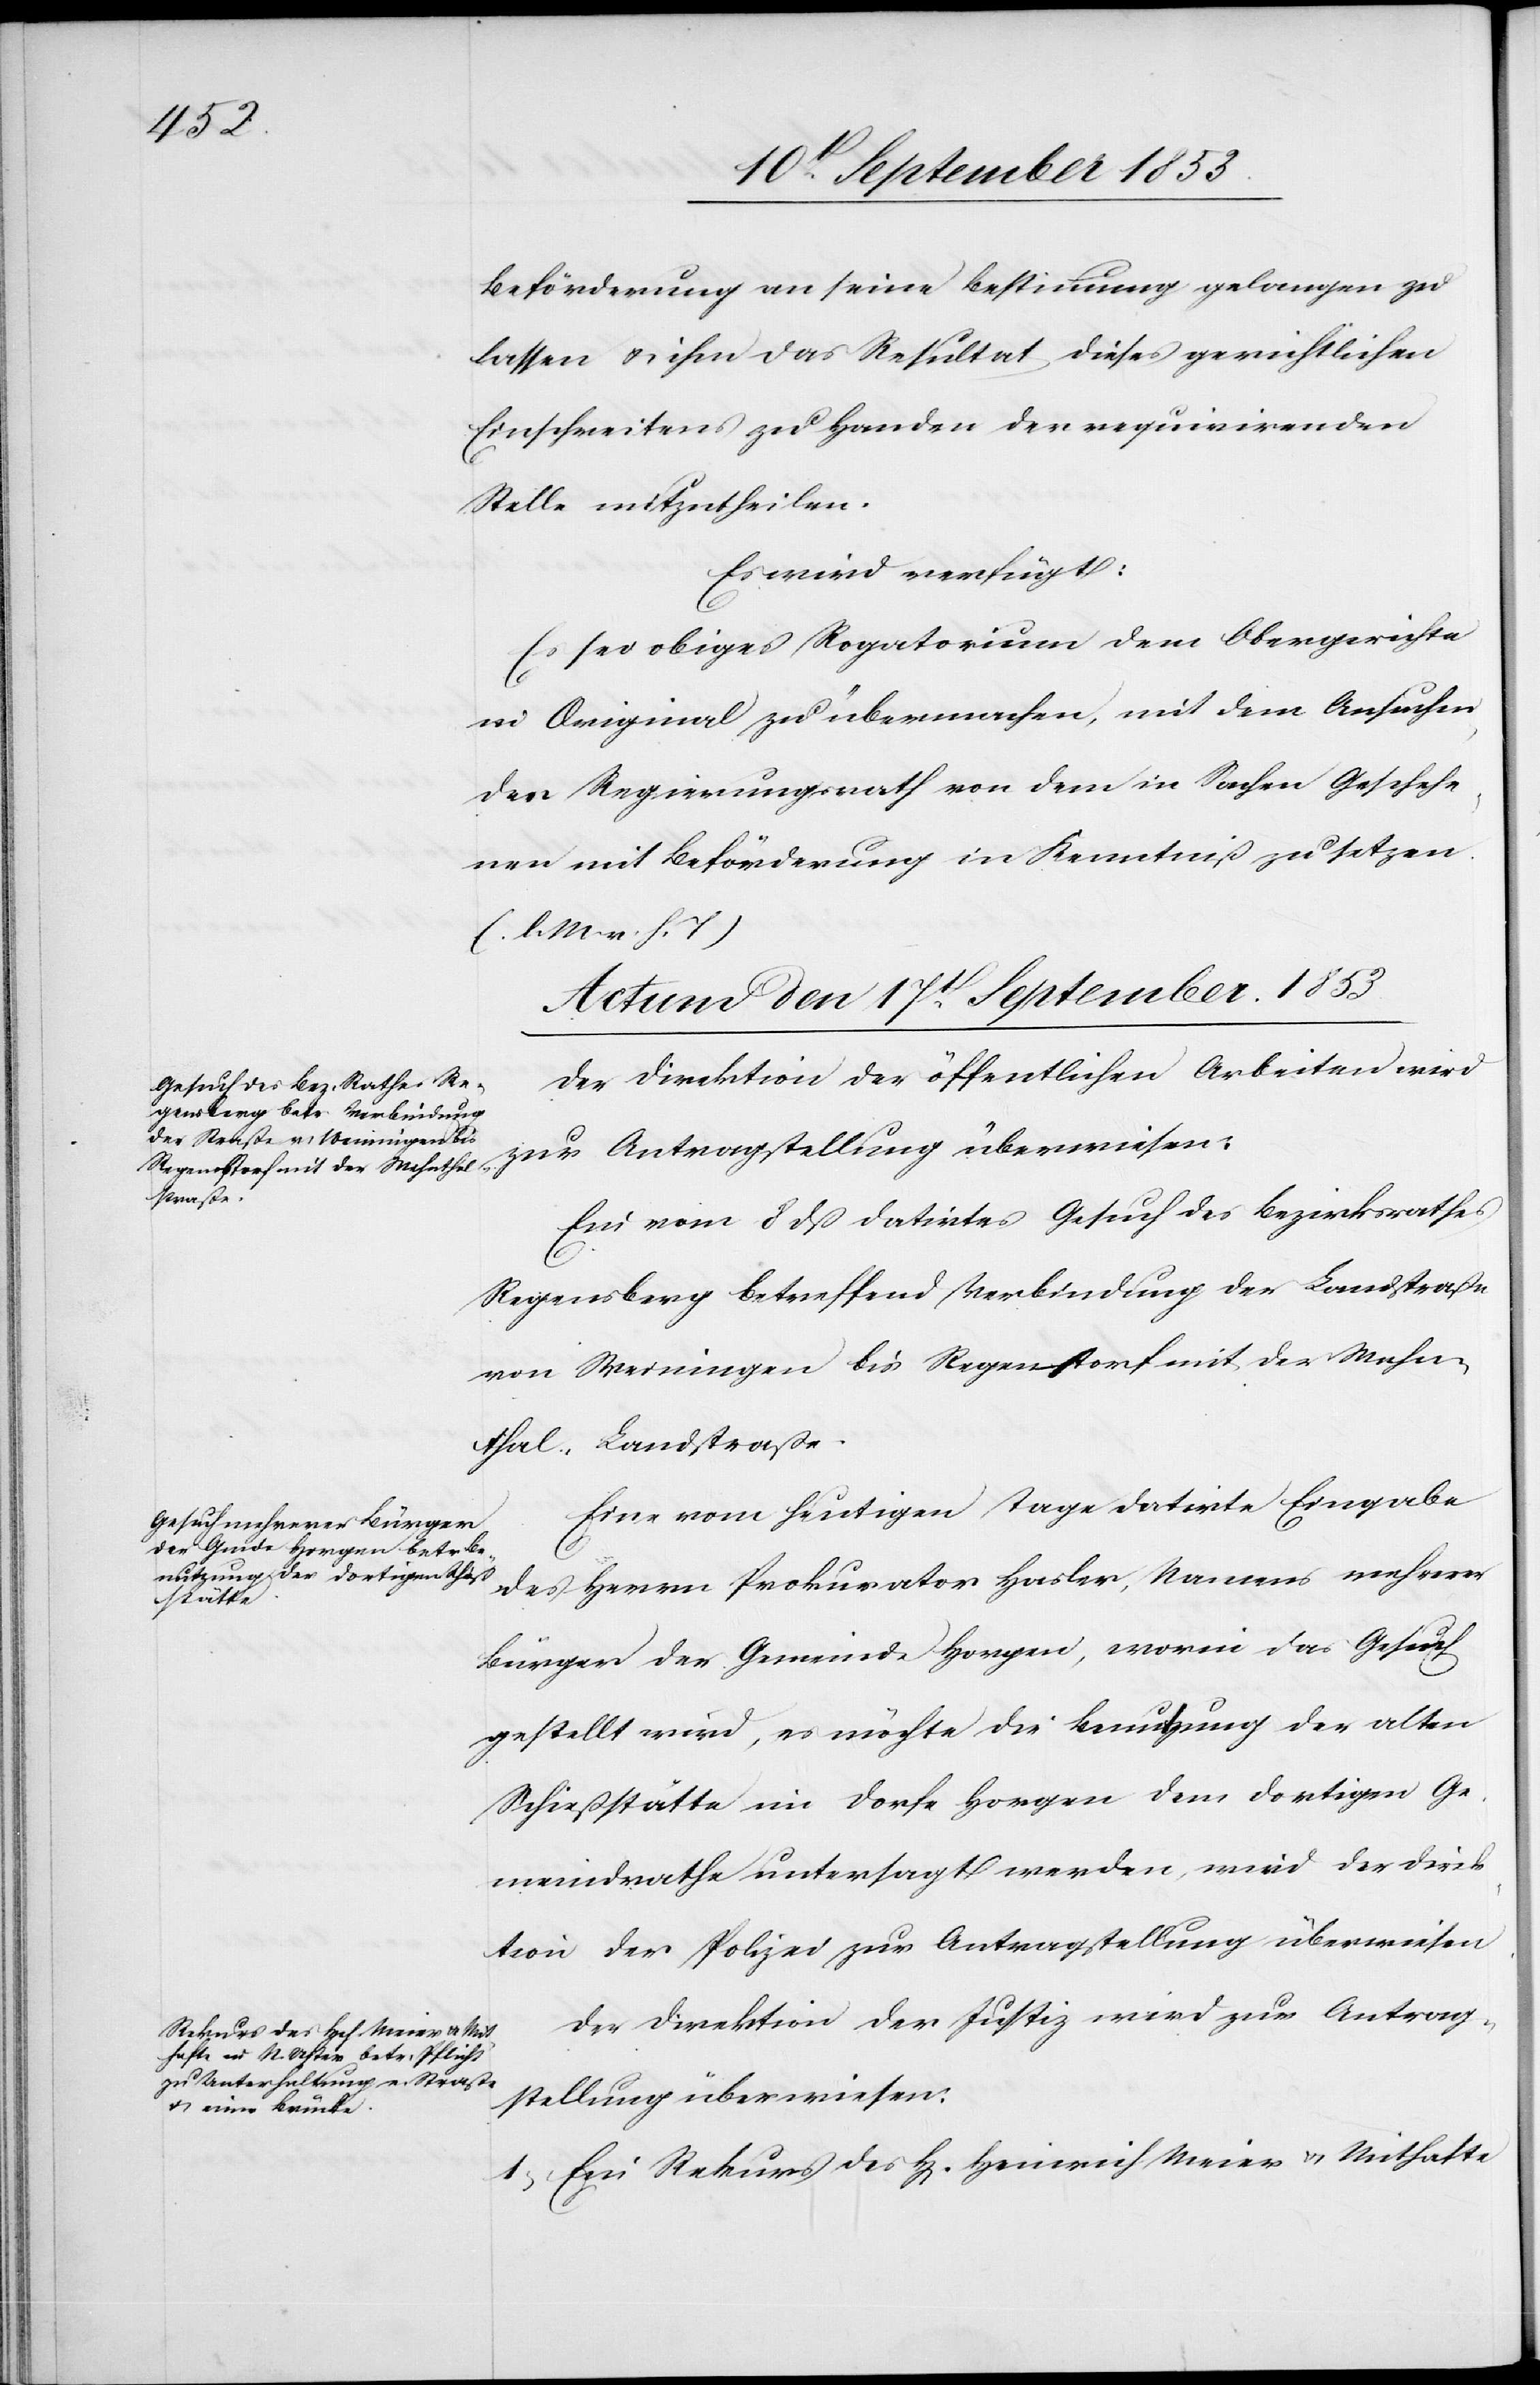
Beförderung an seine Bestimmung gelangen zu
lassen u. ihm das Resultat dieses gerichtlichen
Einschreitens zu Handen der requirirenden
Stelle mitzutheilen.
Es wird verfügt:
Es sei obiges Rogatorium dem Obergerichte
im Original zu übermachen, mit dem Ansuchen
der Regierungsrath von dem in Sachen Geschehe¬
nen mit Beförderung in Kenntniß zu setzen.
[l. M. h. T]
Actum den 17t September 1853]
Der Direktion der öffentlichen Arbeiten wird
zur Antragstellung überwiesen.
Ein vom 8 dß datirtes Gesuch des Bezirksrathes
Regensberg betreffend Verbindung der Landstraße
von Weiningen bis Regenstorf mit der Mahn¬
thal-Landstraße.
Eine vom heutigen Tage datirte Eingabe
des Herrn Prokurato Hasler, Namens mehrerer
Bürger der Gemeinde Horgen, worin das Gesuch
gestellt wird, es möchte die Benutzung der alten
Schießstätte im Dorfe Horgen dem dortigen Ge¬
meindrathe untersagt werden, wird der Direk¬
tion der Polizei zur Antragstellung überwiesen.
Der Direktion der Justiz wird zur Antrag¬
stellung überwiesen:
1, Ein Rekurs des H[errn] Heinrich Meier u. Mithafte